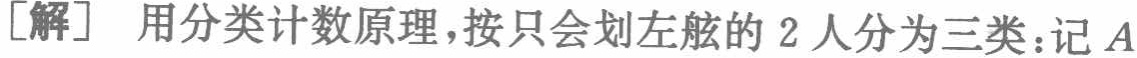
[解] 用分类计数原理，按只会划左舷的 2 人分为三类：记 \(A\)